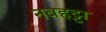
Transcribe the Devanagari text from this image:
नवहट्टा